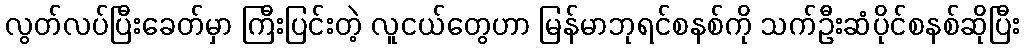
လွတ်လပ်ပြီးခေတ်မှာ ကြီးပြင်းတဲ့ လူငယ်တွေဟာ မြန်မာဘုရင်စနစ်ကို သက်ဦးဆံပိုင်စနစ်ဆိုပြီး